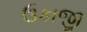
ઉકાજી